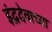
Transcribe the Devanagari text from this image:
इंद्रदेवाच्या